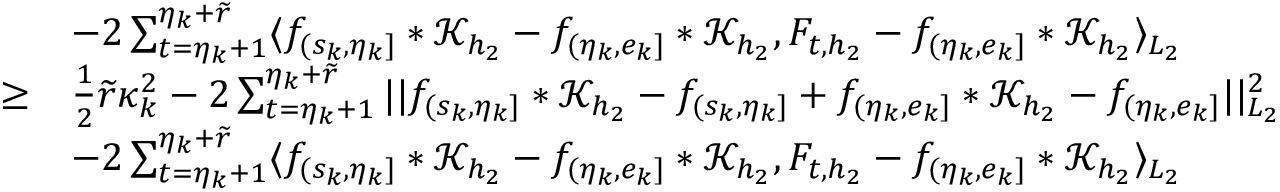
\begin{array} { r l } & { - 2 \sum _ { t = \eta _ { k } + 1 } ^ { \eta _ { k } + \widetilde { r } } \langle f _ { ( s _ { k } , \eta _ { k } ] } \ast \mathcal { K } _ { { h _ { 2 } } } - f _ { ( \eta _ { k } , e _ { k } ] } \ast \mathcal { K } _ { h _ { 2 } } , F _ { t , { h _ { 2 } } } - f _ { ( \eta _ { k } , e _ { k } ] } \ast \mathcal { K } _ { h _ { 2 } } \rangle _ { L _ { 2 } } } \\ { \geq } & { \frac { 1 } { 2 } \widetilde { r } \kappa _ { k } ^ { 2 } - 2 \sum _ { t = \eta _ { k } + 1 } ^ { \eta _ { k } + \widetilde { r } } \vert \vert f _ { ( s _ { k } , \eta _ { k } ] } \ast \mathcal { K } _ { { h _ { 2 } } } - f _ { ( s _ { k } , \eta _ { k } ] } + f _ { ( \eta _ { k } , e _ { k } ] } \ast \mathcal { K } _ { h _ { 2 } } - f _ { ( \eta _ { k } , e _ { k } ] } \vert \vert _ { L _ { 2 } } ^ { 2 } } \\ & { - 2 \sum _ { t = \eta _ { k } + 1 } ^ { \eta _ { k } + \widetilde { r } } \langle f _ { ( s _ { k } , \eta _ { k } ] } \ast \mathcal { K } _ { { h _ { 2 } } } - f _ { ( \eta _ { k } , e _ { k } ] } \ast \mathcal { K } _ { h _ { 2 } } , F _ { t , { h _ { 2 } } } - f _ { ( \eta _ { k } , e _ { k } ] } \ast \mathcal { K } _ { h _ { 2 } } \rangle _ { L _ { 2 } } } \end{array}